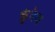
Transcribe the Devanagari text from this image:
कुंभेज